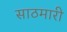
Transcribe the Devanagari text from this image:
साठमारी